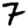
Digit: 7